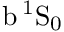
\mathrm { b \, ^ { 1 } S _ { 0 } }